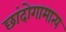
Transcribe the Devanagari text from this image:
छांदोगामात्य